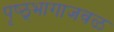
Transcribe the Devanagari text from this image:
पृष्ठ्भागाजवळ